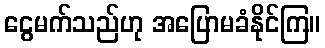
ငွေမက်သည်ဟု အပြောမခံနိုင်ကြ။